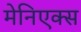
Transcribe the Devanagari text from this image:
मेनिएक्स